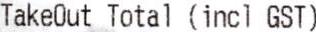
TAKEOUT TOTAL (INCL GST)